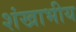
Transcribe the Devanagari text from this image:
शंखाभीय